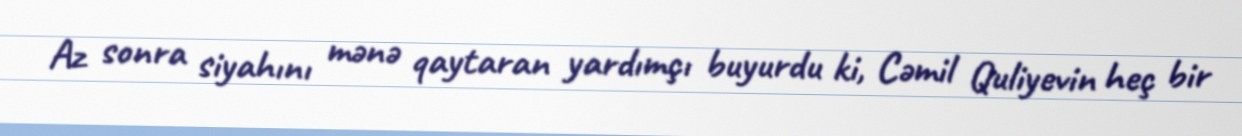
Az sonra siyahını mənə qaytaran yardımçı buyurdu ki, Cəmil Quliyevin heç bir